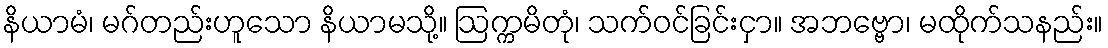
နိယာမံ၊ မဂ်တည်းဟူသော နိယာမသို့။ ဩက္ကမိတုံ၊ သက်ဝင်ခြင်းငှာ။ အဘဗ္ဗော၊ မထိုက်သနည်း။